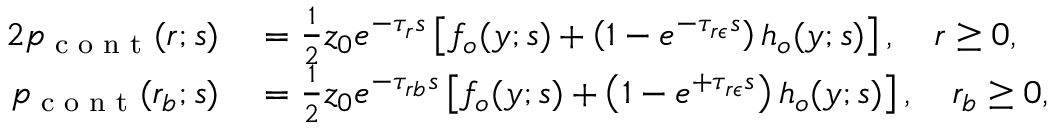
\begin{array} { r l r l } { { 2 } p _ { \textrm { c o n t } } ( r ; s ) } & { { } = \frac { 1 } { 2 } z _ { 0 } e ^ { - \tau _ { r } s } \left[ f _ { o } ( y ; s ) + \left( 1 - e ^ { - \tau _ { r \epsilon } s } \right) h _ { o } ( y ; s ) \right] , \quad r \geq 0 , } & { } & { { } } \\ { p _ { \textrm { c o n t } } ( r _ { b } ; s ) } & { { } = \frac { 1 } { 2 } z _ { 0 } e ^ { - \tau _ { r b } s } \left[ f _ { o } ( y ; s ) + \left( 1 - e ^ { + \tau _ { r \epsilon } s } \right) h _ { o } ( y ; s ) \right] , \quad r _ { b } \geq 0 , } & { } & { { } } \end{array}